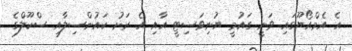
އެ އެމްއޯޔޫގައި ވަނީ ގައުމީ ޔުނިވަސިޓީ އާއި އެ ރަށު ކައުންސިލާއި ސްކޫލްގެ